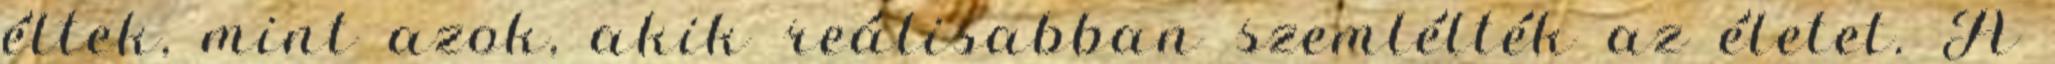
éltek, mint azok, akik reálisabban szemlélték az életet. A